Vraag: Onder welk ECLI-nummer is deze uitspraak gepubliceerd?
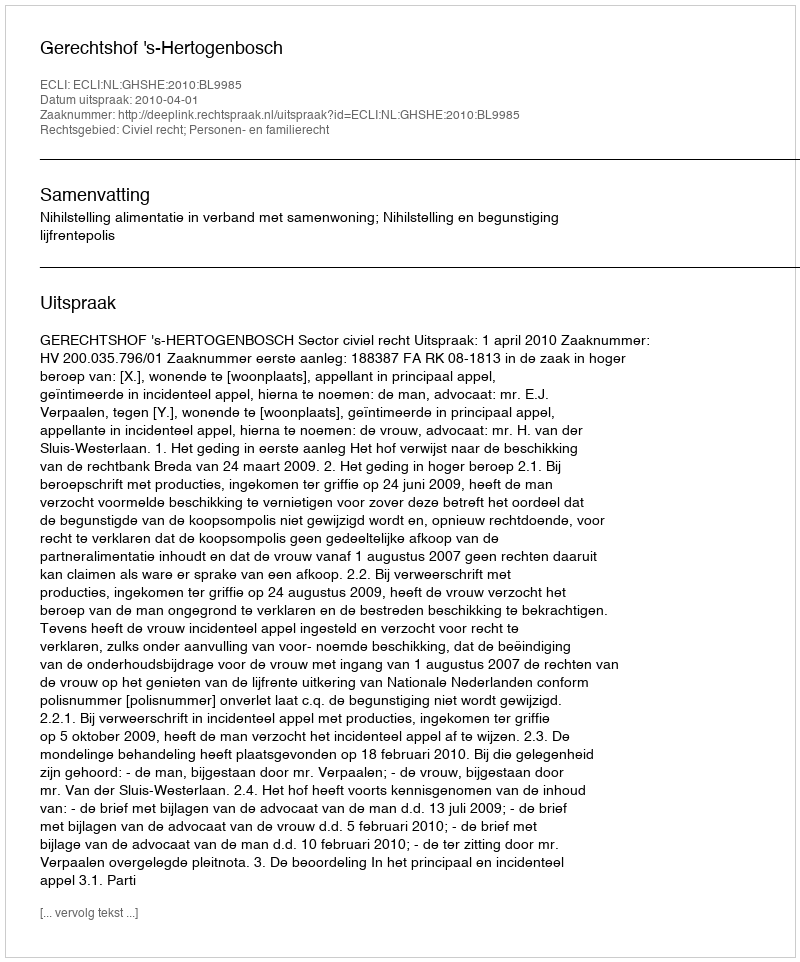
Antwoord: ECLI:NL:GHSHE:2010:BL9985